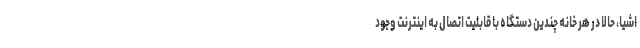
اشیا، حالا در هر خانه چندین دستگاه با قابلیت اتصال به اینترنت وجود